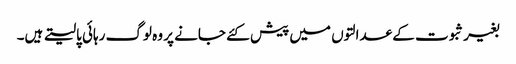
بغیر ثبوت کے عدالتوں میں پیش کئے جانے پر وہ لوگ رہائی پالیتے ہیں۔